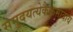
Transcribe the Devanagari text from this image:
समुदयत्येकैकमादाय